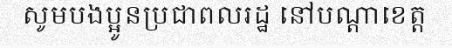
សូមបងប្អូនប្រជាពលរដ្ឋ នៅបណ្តាខេត្ត